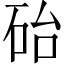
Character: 𪿘